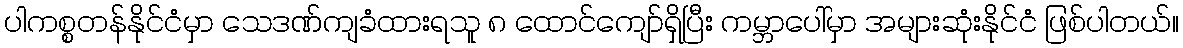
ပါကစ္စတန်နိုင်ငံမှာ သေဒဏ်ကျခံထားရသူ ၈ ထောင်ကျော်ရှိပြီး ကမ္ဘာပေါ်မှာ အများဆုံးနိုင်ငံ ဖြစ်ပါတယ်။